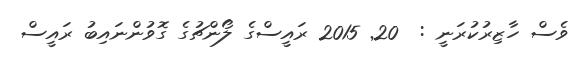
ވެސް ހާޒިރުކުރަނީ :  20